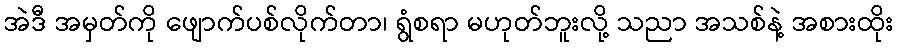
အဲဒီ အမှတ်ကို ဖျောက်ပစ်လိုက်တာ၊ ရွံစရာ မဟုတ်ဘူးလို့ သညာ အသစ်နဲ့ အစားထိုး